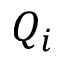
Q _ { i }